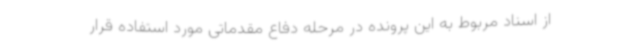
از اسناد مربوط به این پرونده در مرحله دفاع مقدماتی مورد استفاده قرار